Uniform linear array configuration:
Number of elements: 24
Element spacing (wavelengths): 0.25
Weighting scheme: kaiser
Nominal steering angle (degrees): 0
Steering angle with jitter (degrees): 1.586
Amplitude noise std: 0.05
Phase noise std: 0.05

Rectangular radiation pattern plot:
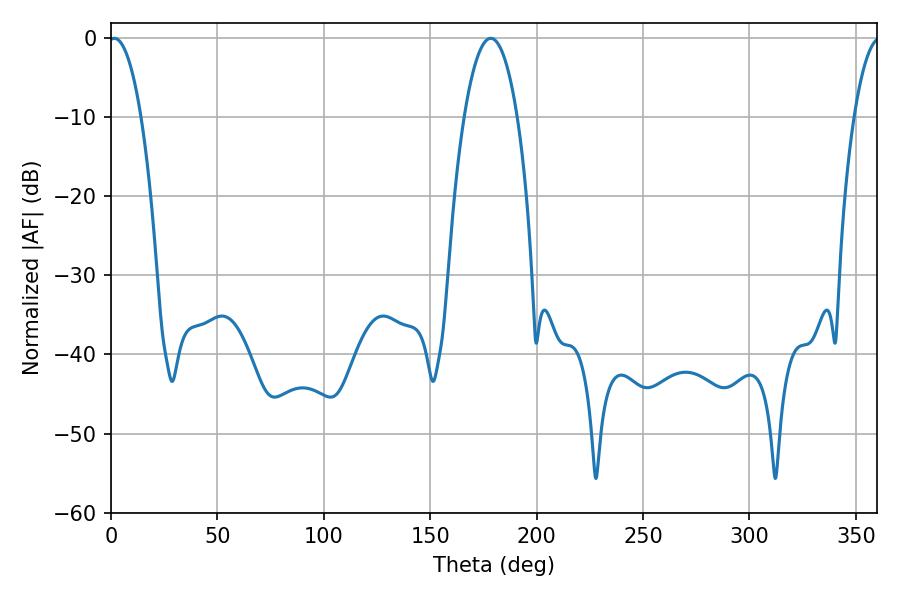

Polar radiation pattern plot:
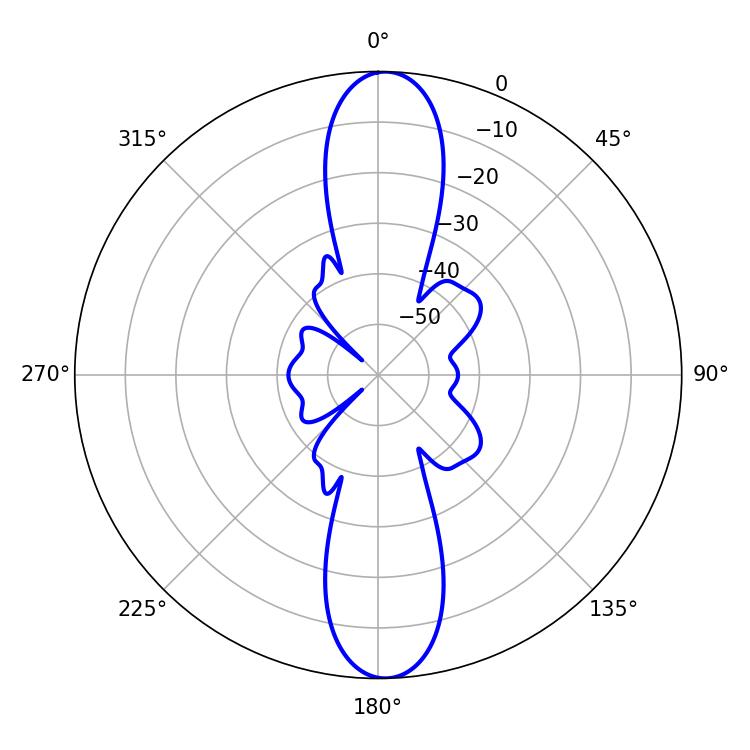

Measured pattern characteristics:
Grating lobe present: FALSE
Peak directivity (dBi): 21.431
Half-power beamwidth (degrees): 8.46
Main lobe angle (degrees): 1.62